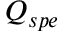
Q _ { s p e }